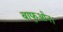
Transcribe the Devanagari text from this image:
बाफुओन।